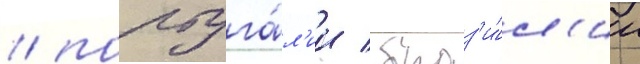
/ португа́л'ии / браз'и́л'ии